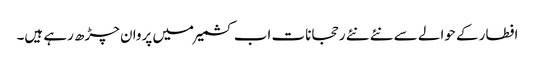
افطار کے حوالے سے نئے نئے رحجانات اب کشمیر میں پروان چڑھ رہے ہیں۔